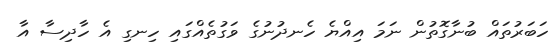
ހަބަރުތައް ބުނާގޮތުން ނަމަ އިއްޔެ ހެނދުނުގެ ވަގުތެއްގައި ހިނގި އެ ހާދިސާ އާ